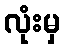
လုံးမှ